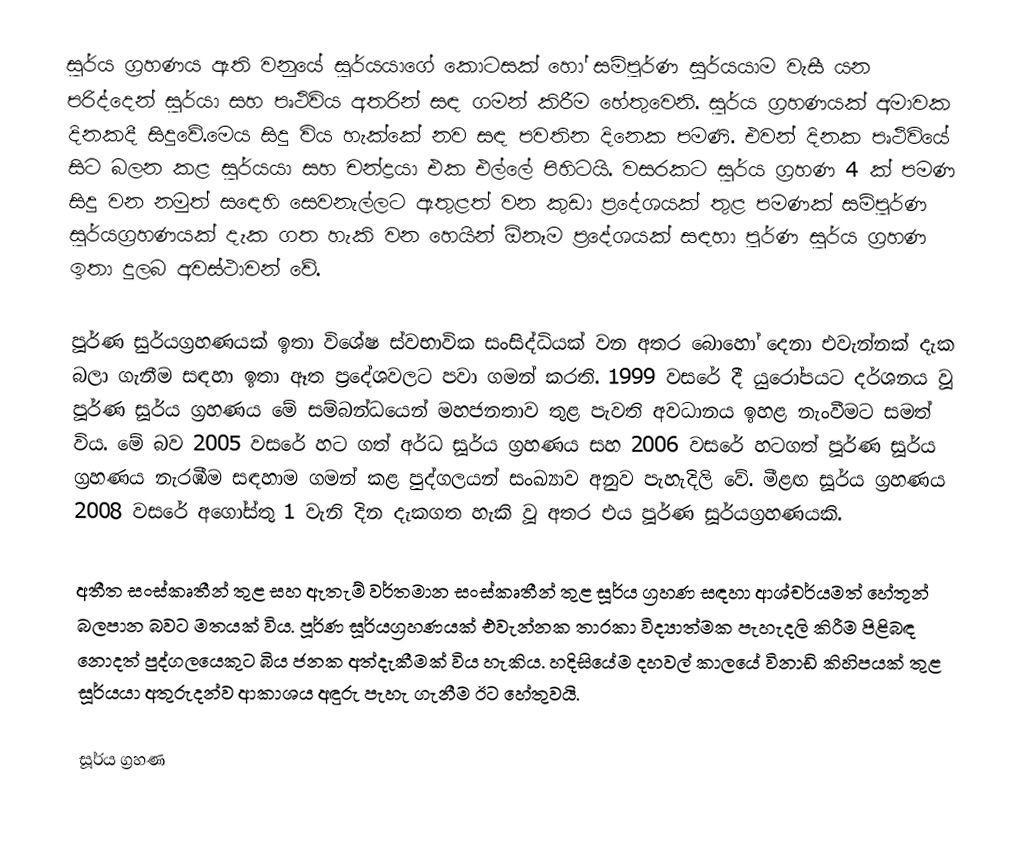
සූර්ය ග්‍රහණය ඇති වනුයේ සූර්යයාගේ කොටසක් හෝ සම්පූර්ණ සුර්යයාම වැසී යන පරිද්දෙන් සූර්යා සහ පෘථිවිය අතරින් සඳ ගමන් කිරීම හේතුවෙනි.  සූර්ය ග්‍රහණයක් අමාවක දිනකදී සිදුවේ.මෙය සිදු විය හැක්කේ නව සඳ පවතින දිනෙක පමණි. එවන් දිනක පෘථිවියේ සිට බලන කළ සූර්යයා සහ චන්ද්‍රයා එක එල්ලේ පිහිටයි. වසරකට සූර්ය ග්‍රහණ 4 ක් පමණ සිදු වන නමුත් සඳෙහි සෙවනැල්ලට ඇතුළත් වන කුඩා ප්‍රදේශයක් තුළ පමණක් සම්පූර්ණ සූර්යග්‍රහණයක් දැක ගත හැකි වන හෙයින් ඕනෑම ප්‍රදේශයක් සඳහා පූර්ණ සූර්ය ග්‍රහණ ඉතා දුලබ අවස්ථාවන් වේ.

පූර්ණ සුර්යග්‍රහණයක් ඉතා විශේෂ ස්වභාවික සංසිද්ධියක් වන අතර බොහෝ දෙනා එවැන්නක් දැක බලා ගැනීම සඳහා ඉතා ඈත ප්‍රදේශවලට පවා ගමන් කරති. 1999 වසරේ දී යුරෝපයට දර්ශනය වූ පූර්ණ සූර්ය ග්‍රහණය මේ සම්බන්ධයෙන් මහජනතාව තුළ පැවති අවධානය ඉහළ නැංවීමට සමත් විය. මේ බව 2005 වසරේ හට ගත් අර්ධ සූර්ය ග්‍රහණය සහ 2006 වසරේ හටගත් පූර්ණ සූර්ය ග්‍රහණය නැරඹීම සඳහාම ගමන් කළ පුද්ගලයන් සංඛ්‍යාව අනුව පැහැදිලි වේ. මීළඟ සූර්ය ග්‍රහණය 2008 වසරේ අගෝස්තු 1 වැනි දින දැකගත හැකි වූ අතර එය පූර්ණ සූර්යග්‍රහණයකි.

අතීත සංස්කෘතීන් තුළ සහ ඇතැම් වර්තමාන සංස්කෘතීන් තුළ සූර්ය ග්‍රහණ සඳහා ආශ්චර්යමත් හේතූන් බලපාන බවට මතයක් විය. පූර්ණ සූර්යග්‍රහණයක් එවැන්නක තාරකා විද්‍යාත්මක පැහැදලි කිරීම පිළිබඳ නොදත් පුද්ගලයෙකුට බිය ජනක අත්දැකීමක් විය හැකිය. හදිසියේම දහවල් කාලයේ විනාඩි කිහිපයක් තුළ සූර්යයා අතුරුදන්ව ආකාශය අඳුරු පැහැ ගැනීම ඊට හේතුවයි.

සූර්ය ග්‍රහණ